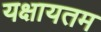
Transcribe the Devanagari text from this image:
यक्षायतम